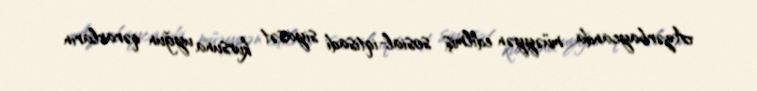
Azərbaycanda müəyyən edilmiş sosial-iqtisadi siyasət kursuna uyğun qərarların